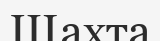
Шахта